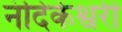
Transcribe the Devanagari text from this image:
नंदिकेश्वरी